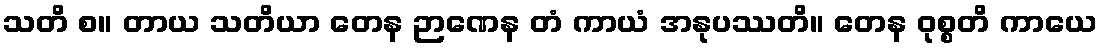
သတိ စ။ တာယ သတိယာ တေန ဉာဏေန တံ ကာယံ အနုပဿတိ။ တေန ဝုစ္စတိ ကာယေ